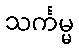
သင်္ကမ္မ